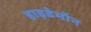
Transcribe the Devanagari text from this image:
हाइडेमॉन